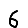
Digit: 6